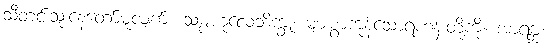
သီတင်းသုံးနေတော်မူလျက်။ သမ္ပဟုလေဘိက္ခူ၊ များစွာကုန်သောရဟန်းတို့ကို။ အာရဗ္ဘ၊